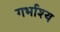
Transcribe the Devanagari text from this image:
गर्भाश्य